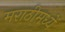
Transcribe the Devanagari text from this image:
मराठीमध्यें